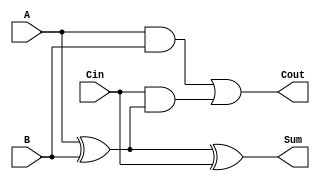
module full_adder (
    input wire A,      // Input bit from the first binary number
    input wire B,      // Input bit from the second binary number
    input wire Cin,    // Carry input from the previous full adder
    output wire Sum,   // Output sum
    output wire Cout   // Carry output to the next full adder
);

    // Generate Sum and Carry Out
    assign Sum = A ^ B ^ Cin;          // Sum is the XOR of A, B, and Cin
    assign Cout = (A & B) | (Cin & (A ^ B)); // Carry out is generated by majority function

endmodule